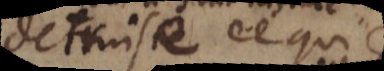
detruise ce qui